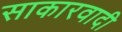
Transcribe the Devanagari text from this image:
साकारवादी